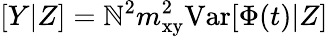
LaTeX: [Y|Z]=\mathbb{N}^{2}m_{\mathrm{{xy}}}^{2}\mathrm{{{Var}}}[\Phi(t)|Z]